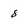
Character: 8